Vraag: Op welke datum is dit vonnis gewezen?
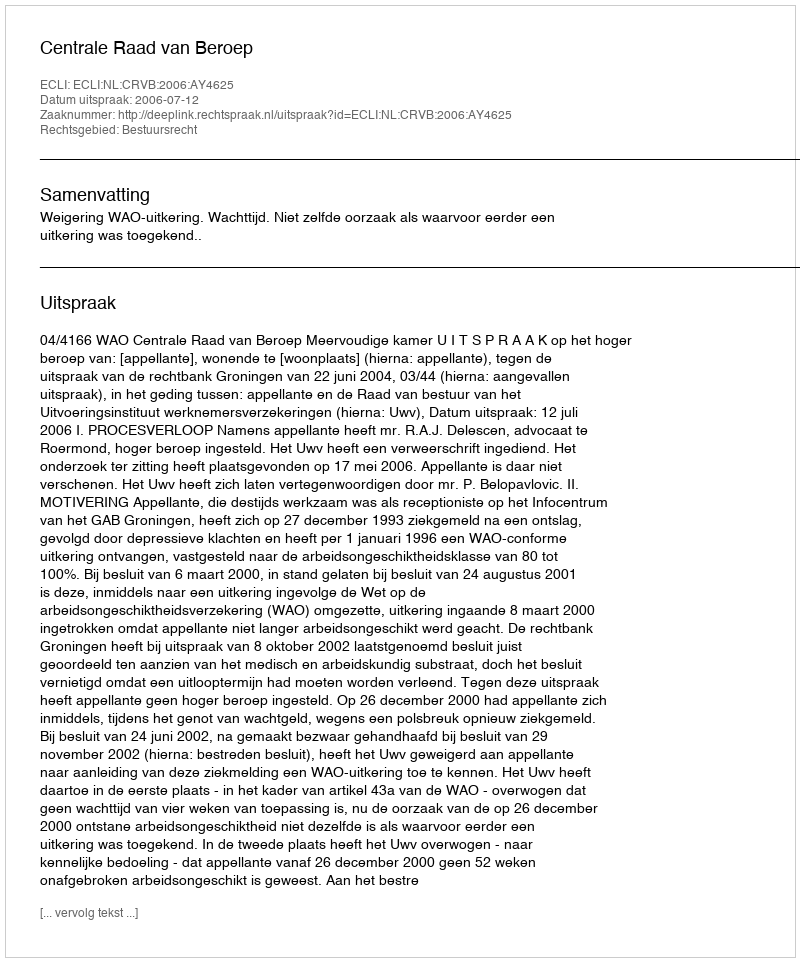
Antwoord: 2006-07-12